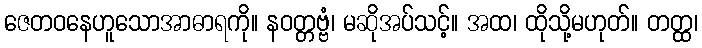
ဇေတဝနေဟူသောအာဓာရကို။ နဝတ္တဗ္ဗံ၊ မဆိုအပ်သင့်။ အထ၊ ထိုသို့မဟုတ်။ တတ္ထ၊